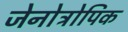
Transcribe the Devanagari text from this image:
जेनोट्रोपिक